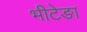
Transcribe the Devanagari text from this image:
भीटेङा